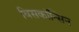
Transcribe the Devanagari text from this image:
विसकॉन्सिन